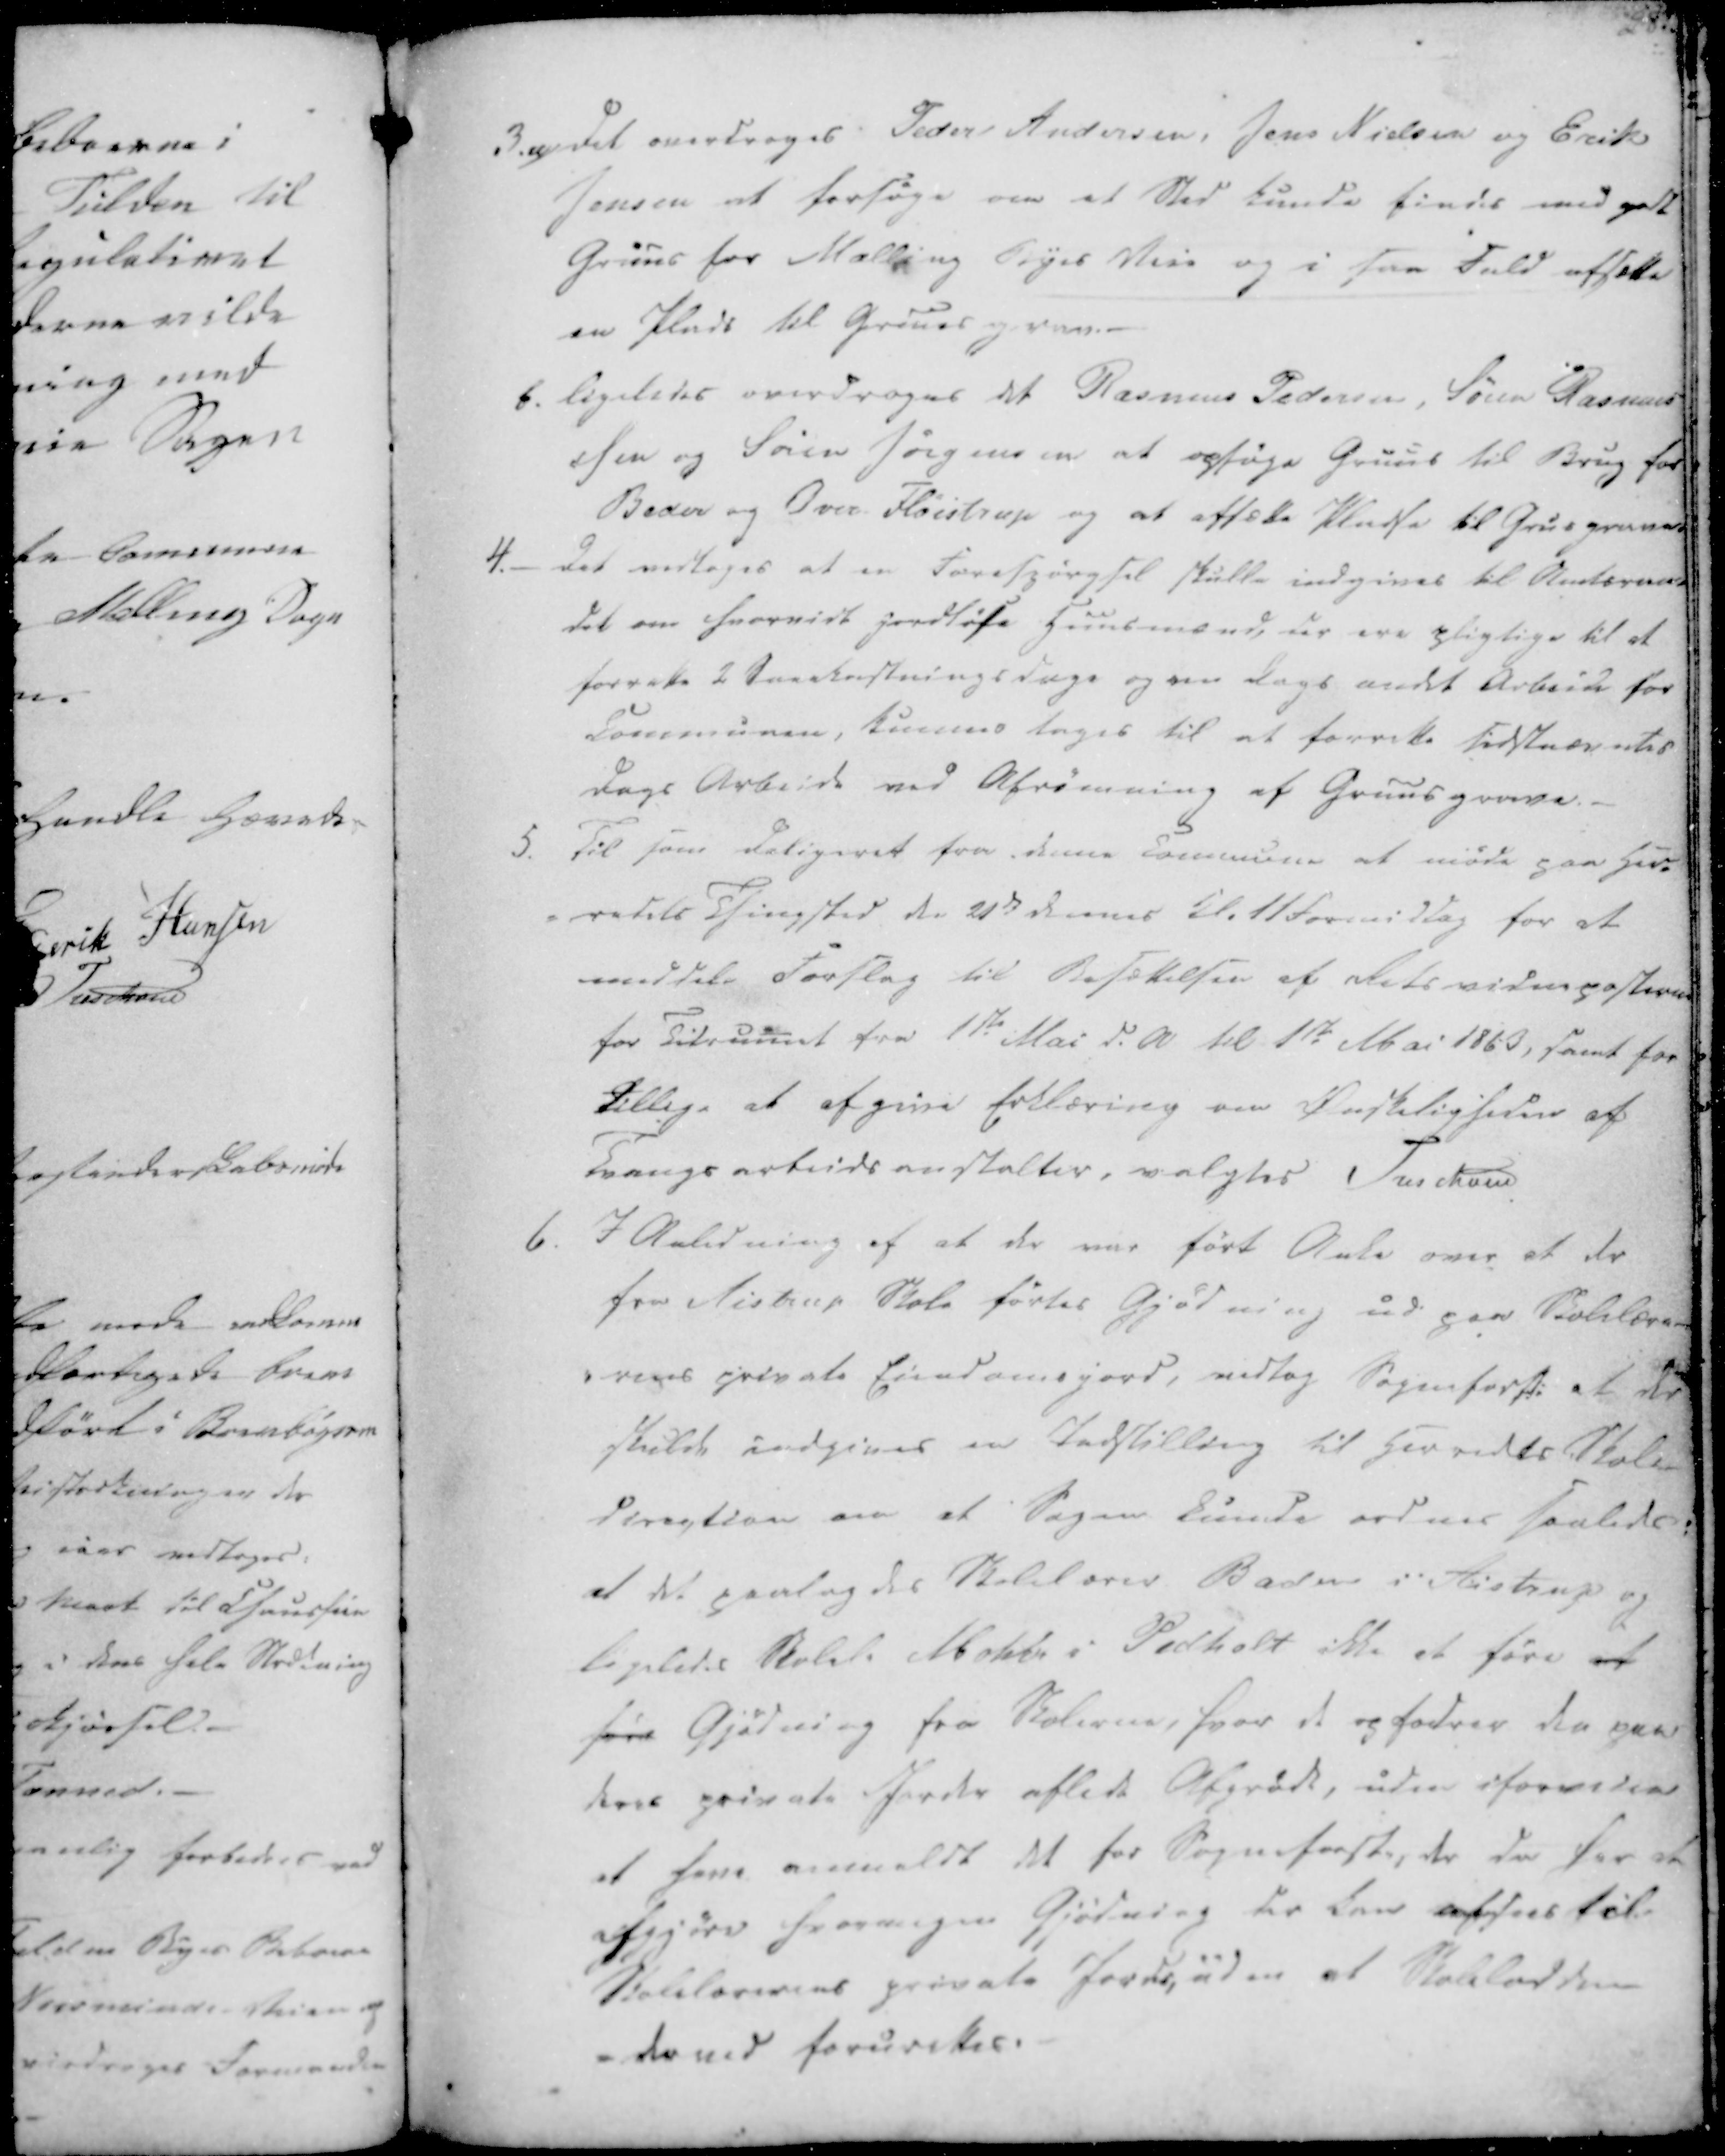
Transskription:
3. a) Det overdroges Peder Andersen, Jens Nielsen og Erik
Jensen at forsøge om et Sted kunde findes med godt
Gruus for Malling Byes Veie og i saa Fald afsætte
en Plads til Gruusgrav.-
b. Ligeledes overdroges det Rasmus Pedersen, Søren Rasmu-
ssen og Søren Jørgensen at opsøge Gruus til Brug for
Beder og Over Fløistrup og at afsætte Pladse til Grusgraven.

4.- Det vedtoges at en Forespørgsel skulle indgives til Amtsraa-
det om hvorvidt Jordløse Huusmænd, der ere pligtige til at
forrette 2 Sneekastningsdage og om Dags andet Arbeide for
Communen, kunnes tages til at forrette sidstnævntes
Dags Arbeide ved Afrømning af Gruusgrave.

5. Til som deligeret fra denne Commune at møde paa Her-
redets Thingsted den 21de dennes Kl. 11 Formiddag for at
meddele Forslag til Besættelsen af Retsvidnepasteren
for Tidsrumet fra 1ste Mai d.A til 1ste Mai 1863, samt for
tillige at afgive Erklæring om Ønskeligheden af
Tvangsarbeidsanstalter, valgtes Trechov

6. I Anledning af at der var ført Anke over at der
fra Aistrup Skole førtes Gjødning ud paa Skolelære-
-rens private Eiendomsjord, vedtog Sogneforst. at der
skulde indgives en Indstilling til Herredets Skole-
direction om at Sagen kunde ordnes saaledes:
at det paalagdes Skolelærer Baden i Aistrup og
ligeledes Skolel. Mohr i Pedholt ikke at føre at
føre Gjødning fra Skolerne, hvor de opfodrer den paa
deres private Jorder aflede Afgrøde, uden iforveien
at have anmeldt det for Sogneforst., der da har at
afgjøre hvormegen Gjødning der kan afsees til
Skolelærernes private Jorde. uden at Skolelodden
- derved forurettes.